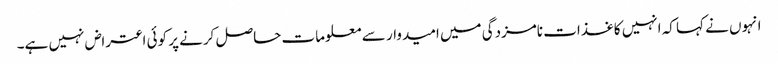
انہوں نے کہا کہ انہیں کاغذات نامزدگی میں امیدوار سے معلومات حاصل کرنے پر کوئی اعتراض نہیں ہے۔